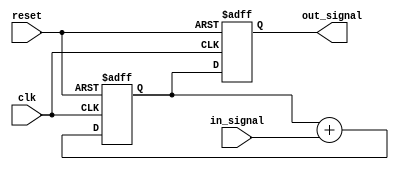
module behavioral_model(
    input wire clk,
    input wire reset,
    input wire [3:0] in_signal,
    output reg [7:0] out_signal
);

// State variable
reg [7:0] state;

// Task to perform some operations
task perform_operations(input [3:0] data);
    begin
        // Simulate some processing delay
        #5; // 5 time units delay
        state <= state + data; // Update state based on input data
    end
endtask

// Continuous assignment block
always @(posedge clk or posedge reset) begin
    if (reset) begin
        state <= 8'b0; // Reset state on reset signal
        out_signal <= 8'b0; // Reset output signal
    end else begin
        // Call task to perform operations based on in_signal
        perform_operations(in_signal);
        out_signal <= state; // Update output signal with current state
    end
end

endmodule